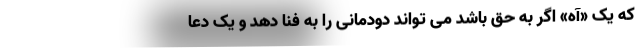
که یک «آه» اگر به حق باشد می تواند دودمانی را به فنا دهد و یک دعا